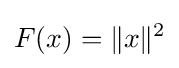
F(x)=\|x\|^{2}